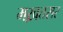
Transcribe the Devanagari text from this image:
मख़तसर